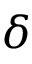
\delta